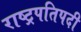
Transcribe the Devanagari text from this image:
राष्ट्रपतिपदी